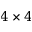
4 \times 4